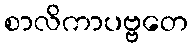
စာလိကာပဗ္ဗတေ